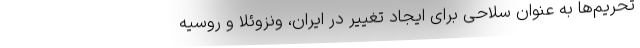
تحریم‌ها به عنوان سلاحی برای ایجاد تغییر در ایران، ونزوئلا و روسیه